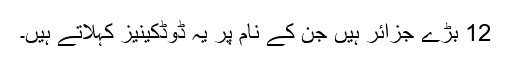
12 بڑے جزائر ہیں جن کے نام پر یہ ڈوڈکینیز کہلاتے ہیں۔